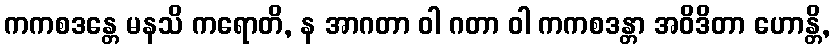
ကကစဒန္တေ မနသိ ကရောတိ, န အာဂတာ ဝါ ဂတာ ဝါ ကကစဒန္တာ အဝိဒိတာ ဟောန္တိ,